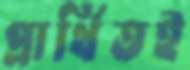
প্রার্থিতই